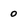
Character: 0